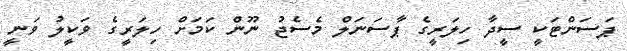
ޕަސަންޓަކީ ސީދާ ހިލަރީގެ ޕާސަނަލް މެސެޖު ނޫން ކަމަށް ހިލަރީގެ ވަކީލު ވަނީ